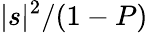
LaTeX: {|s|^{2}}/(1-P)